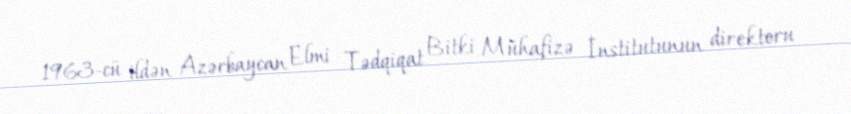
1963-cü ildən Azərbaycan Elmi Tədqiqat Bitki Mühafizə İnstitutunun direktoru